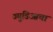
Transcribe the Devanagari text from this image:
ज्युडिआचा